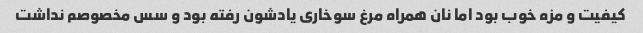
کیفیت و مزه خوب بود اما نان همراه مرغ سوخاری یادشون رفته بود و سس مخصوصم نداشت